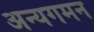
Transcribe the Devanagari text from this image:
अन्यगमन